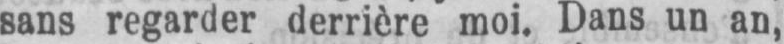
sans regarder derrière moi. Dans un an,